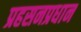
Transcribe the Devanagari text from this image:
प्रहसनप्रधान